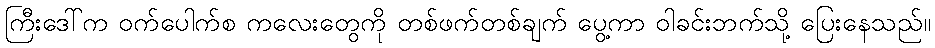
ကြီးဒေါ်က ဝက်ပေါက်စ ကလေးတွေကို တစ်ဖက်တစ်ချက် ပွေ့ကာ ဝါခင်းဘက်သို့ ပြေးနေသည်။